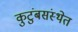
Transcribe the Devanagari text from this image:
कुटुंबसंस्थेत